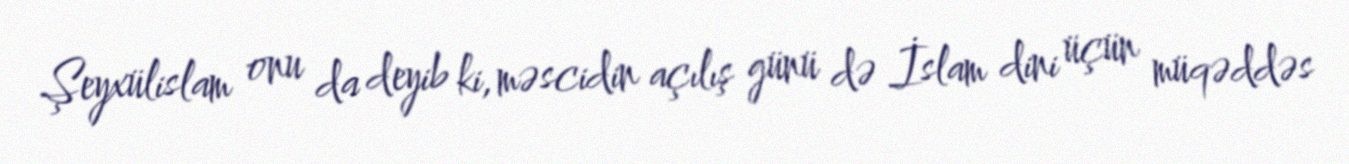
Şeyxülislam onu da deyib ki, məscidin açılış günü də İslam dini üçün müqəddəs